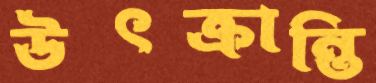
উৎক্রান্তি